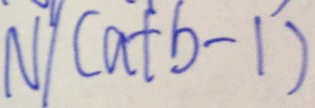
N / ( a + b - 1 )